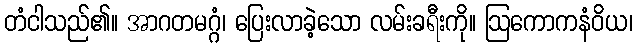
တံငါသည်၏။ အာဂတမဂ္ဂံ၊ ပြေးလာခဲ့သော လမ်းခရီးကို။ ဩကောကနံဝိယ၊